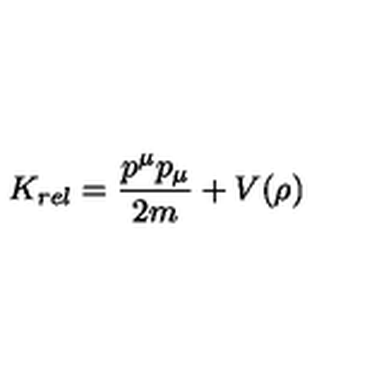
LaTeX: K _ { r e l } = { \frac { p ^ { \mu } p _ { \mu } } { 2 m } } + V ( \rho )